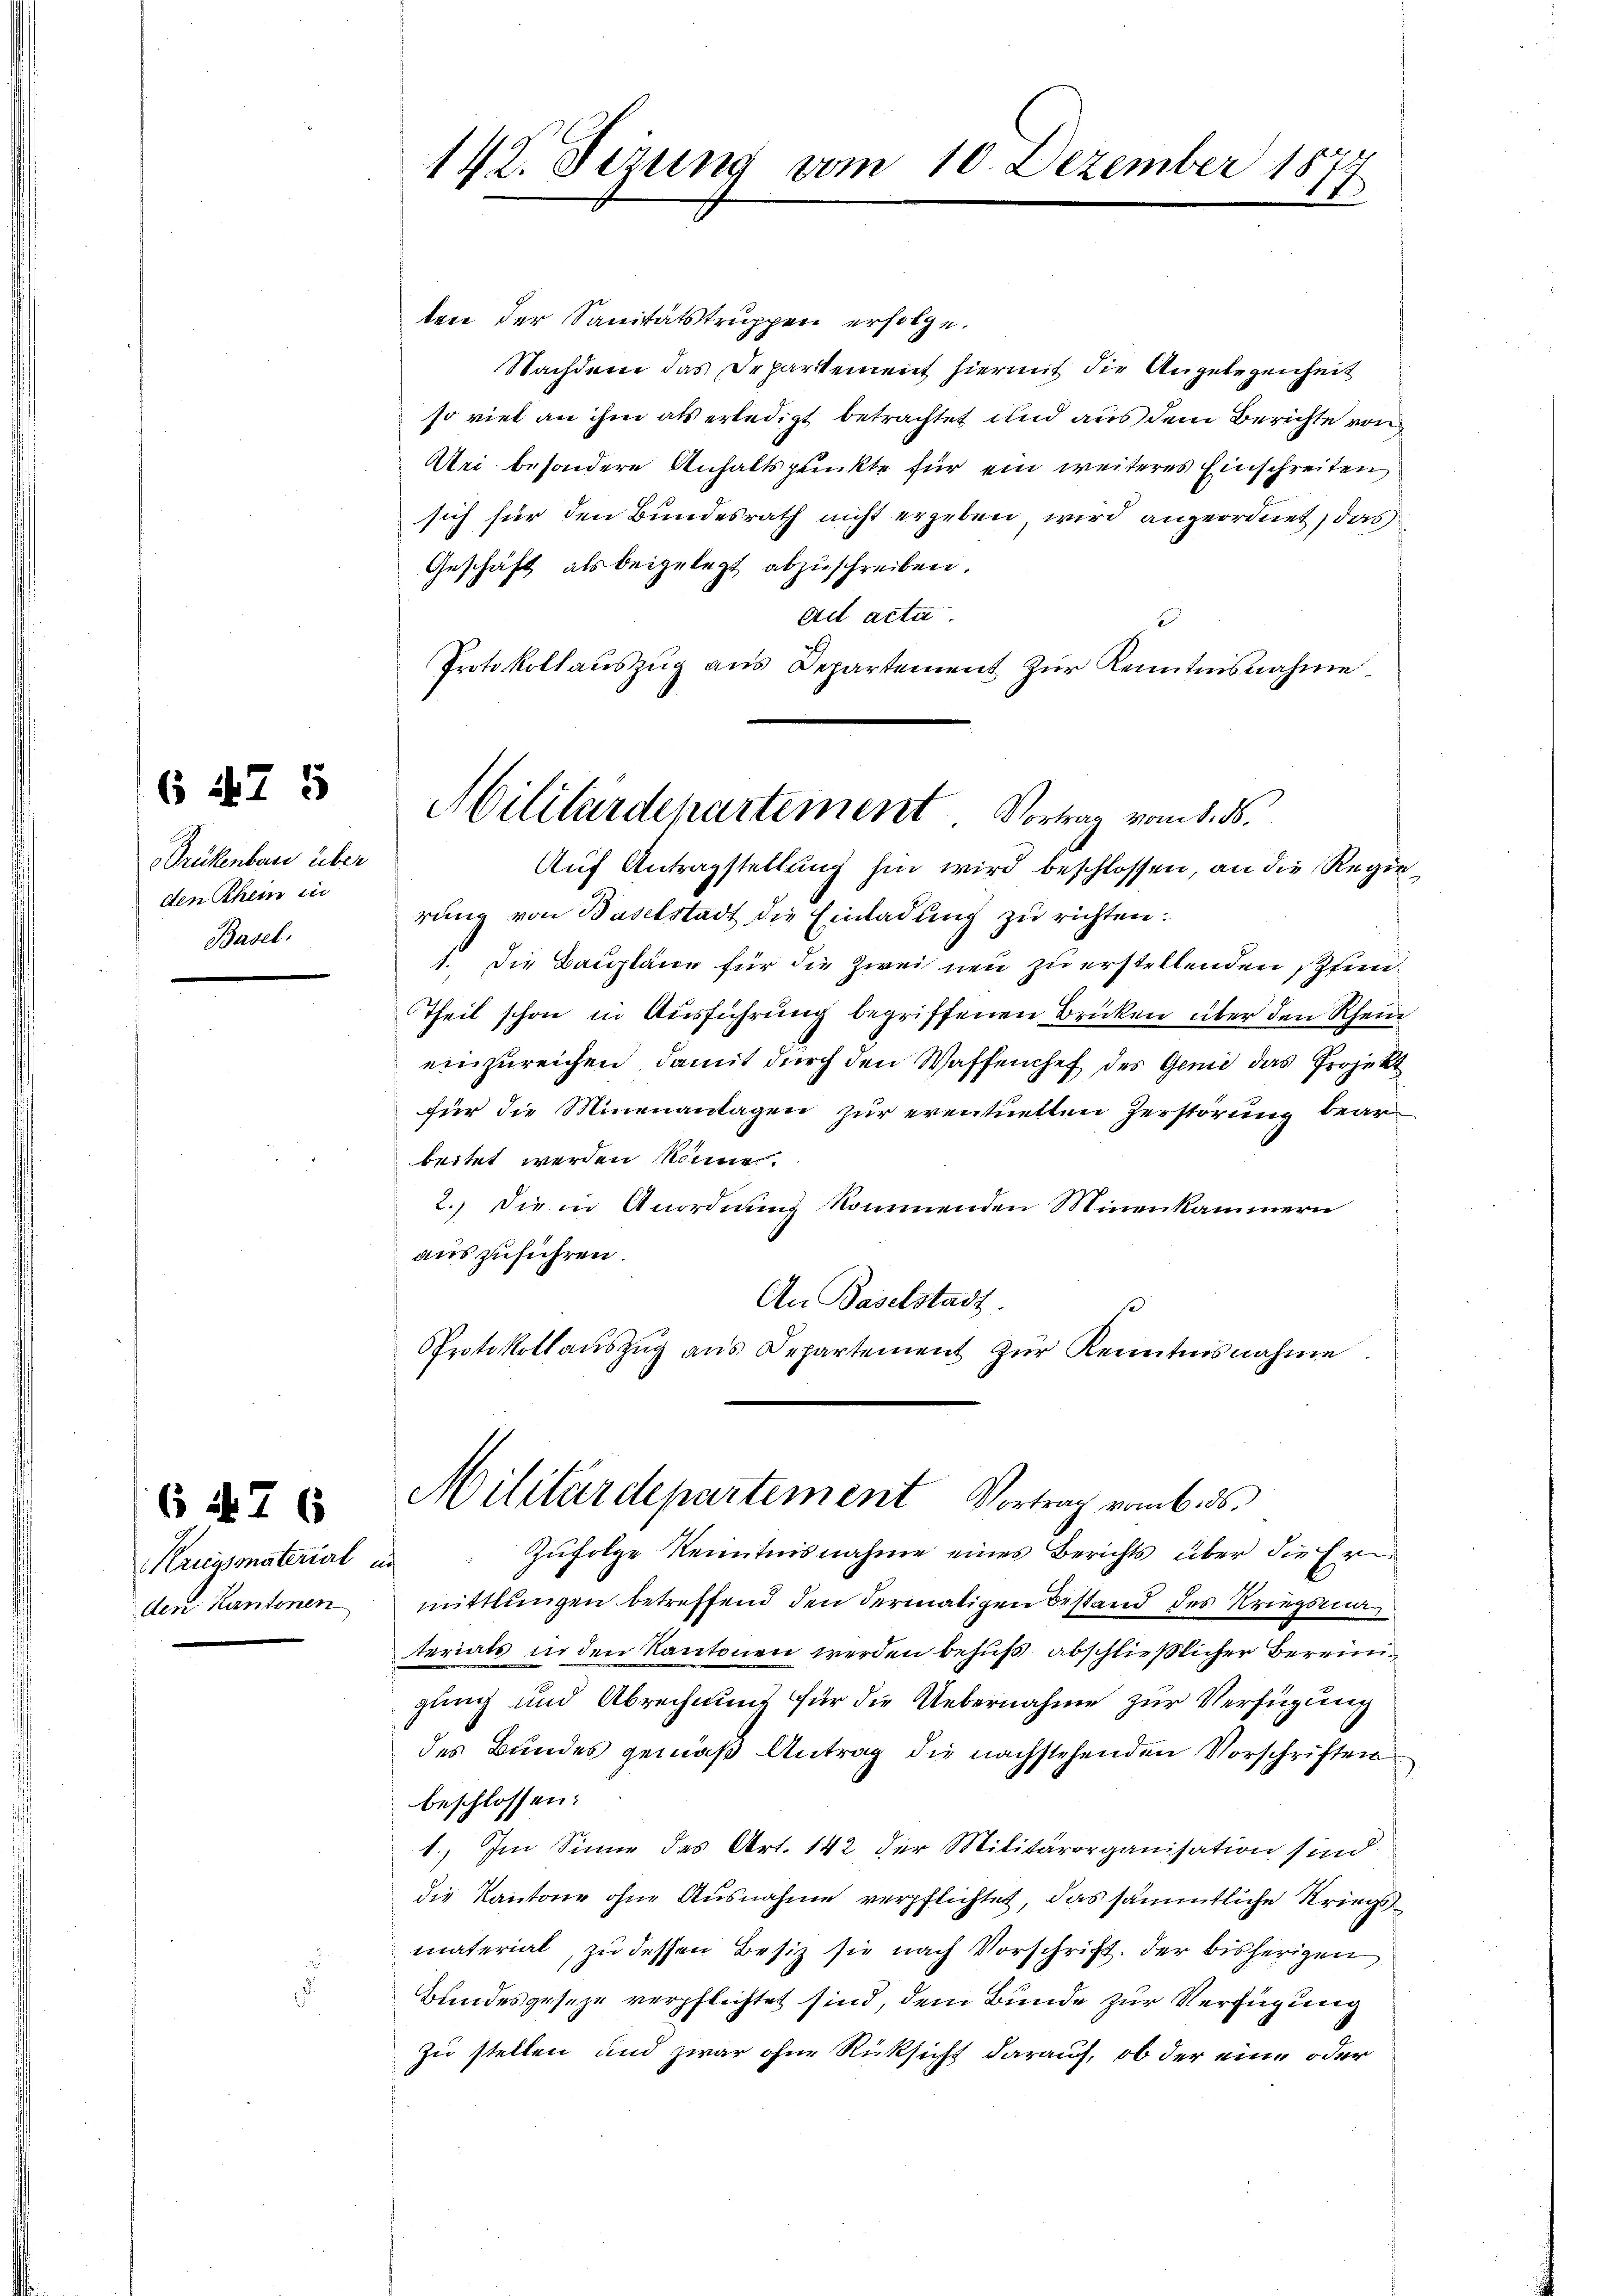
Drükenbar über
den Schem in
Basel.

6 47 5

Kriegsmaterial in
den Kantonen

57 x

142. Sizung vom 10. Dezember 187
E

ten der Sanitätstruppen erfolge.
Nachdem das Departement hiermit die Angelegenheit
so viel an ihm als erledigt betrachtet und aus dem Berichte vom
Aei besondere Anhaltspunkte für ein weiteres Einschreiten
sich für den Bundesrath nicht ergeben, wird angeordnet, das
Geschäft als beigelegt abzuschreiben.
ad acta.
Protokollauszug aus Departement zur Kenntnisnahme
Auf Antragstellung hin wird beschlossen, an die Regierung von Baselstadt die Einladung zu richten:
1. Die Baupläne für die Zwei neu zu erstellenden Pfenn
Theil schon in Ausführung begriffenen Brücken über den Rheine
einzureichen, damit durch den Waffenhef des Genie das Projekt
für die Minenantagen zur eventuellen Zerstörung bearbeitet werden könne.
2.) Die in Anordnung kommenden Minenkammern
auszuführen.
An Baselstadt.
Protokoll aŭszŭg ans Departement zŭr Kenntnisnahme.

Militärdepartement. Vortrag vom 8. ds.

Militärdepartement Vortrag vom 6. ds.

Zufolge Kenntnisnahme eines Berichts über die Ern
mittlungen betreffend den dermaligen Bestand des Kriegsmaterials in den Kantonen werden behufs abschließlicher Bereingung und Abrechnung für die Uebernahme zur Verfügung
des Bundes gemäß Antrag die nachstehenden Vorschriften
beschlossen:
1) Im Sinne des Art. 142 der Militärorganisation sind
die Kantone ohne Ausnahme verpflichtet, das sämmtliche Kriegsmaterial, zu dessen Besiz sie nach Vorschrift. Der bisherigen
Bundesgeseze verpflichtet sind, dem Bunde zur Verfügung
zu stellen und zwar ohne Rücksicht darauf, ob der eine oder